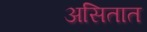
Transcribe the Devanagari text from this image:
असितात